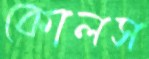
কোলস